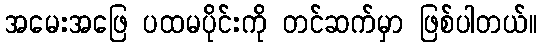
အမေးအဖြေ ပထမပိုင်းကို တင်ဆက်မှာ ဖြစ်ပါတယ်။